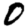
Digit: 0